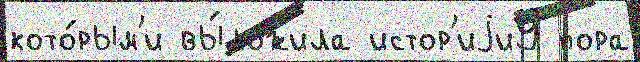
кото́рым'и вы́ложила истор'иjи9 пора